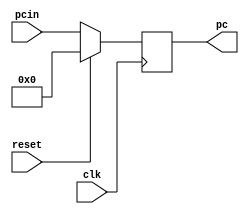
`timescale 1ns / 1ps
//////////////////////////////////////////////////////////////////////////////////
// Company: 
// Engineer: 
// 
// Design Name: 
// Module Name:    ProgramCounter 
// Project Name: 
// Target Devices: 
// Tool versions: 
// Description: 
//
// Dependencies: 
//
// Revision: 
// Revision 0.01 - File Created
// Additional Comments: 
//
//////////////////////////////////////////////////////////////////////////////////
module ProgramCounter(
	input reset,
    input clk,
    input [15:0] pcin,
    output reg [15:0] pc
    );

	always@(posedge clk) begin
		if(reset == 1'b1) begin
			pc <= 16'd0;
		end
		else begin
			pc <= pcin;
		end
	end

endmodule